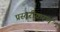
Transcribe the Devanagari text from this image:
प्रस्तरीकरण